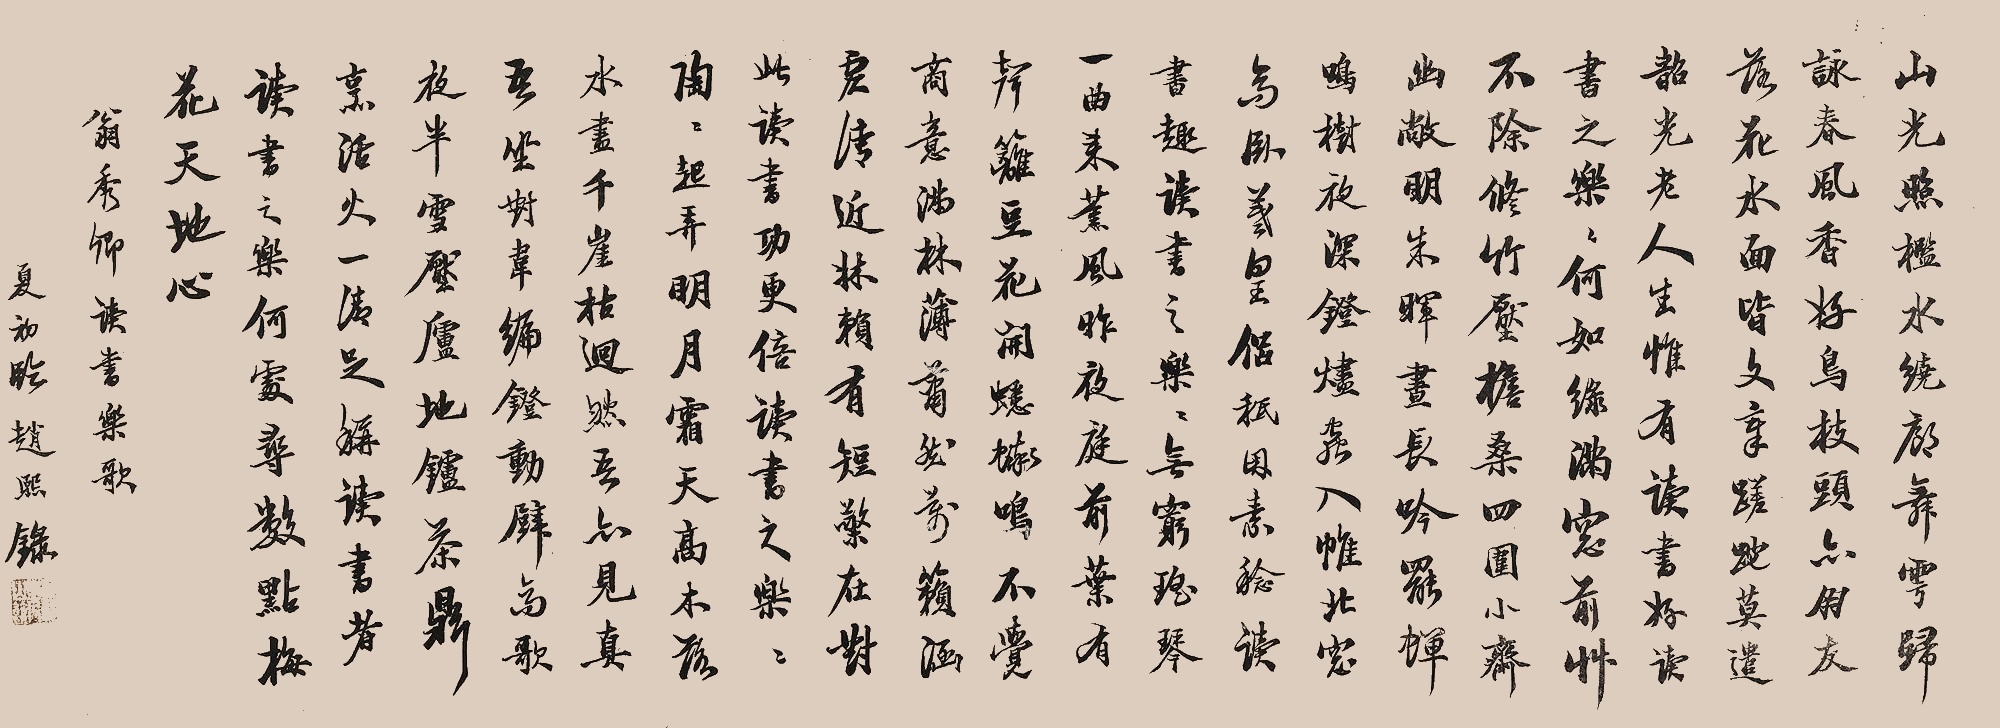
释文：山光照槛水绕廊，舞雩归咏春风香。好鸟枝头亦朋友，落花水面皆文章。蹉跎莫遣韶光老，人生惟有读书好。读书之乐乐何如，绿满窗前草不不除。修竹压檐桑四围，小斋幽敞明朱晖。昼长吟罢蝉鸣树，夜深灯烬虫入帏。北窗高卧羲皇侣，只因素稔读书趣。读书之乐乐无穷，瑶琴一曲来熏风。昨夜前庭叶有声，篱豆花开蟋蟀鸣。不觉商意满林薄，萧然万籁涵虚清。近床赖有短檠在，对此读书功更倍。读书之乐乐陶陶，起弄明月霜天高。木落水尽千崖枯，迥然吾亦见真吾。坐对韦编灯动壁，高歌夜半雪压庐。地炉茶鼎烹活火，一清足称读书者。读书之乐何处寻？数点梅花天地心。翁秀卿读书乐歌。夏初临，赵熙录。